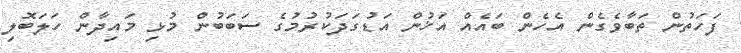
ފަހަތުން ތަބާވެގެން އެހެން ބައެއް އަޚުން އަޑުގަދަކުރުމުގެ ސަބަބުން މުޅި މައިދާން ހަލަބޮލި